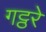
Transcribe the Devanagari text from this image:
गट्ठरे